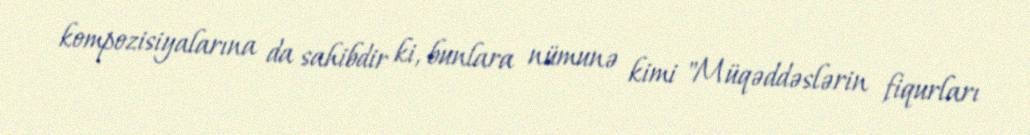
kompozisiyalarına da sahibdir ki, bunlara nümunə kimi "Müqəddəslərin fiqurları